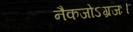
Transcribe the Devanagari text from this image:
नैकजोऽग्रजः।